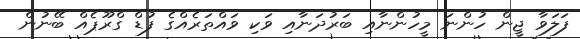
ފަލަވާ ޖީން ހުންނަ މީހުންނާއި ބަރުދަނާއި ވަކި ވައްތަރެއްގެ ފުޑް ގްރޫޕެއް ބޭނުން